Document type: Emphyteutic lease
Year: 1274
Scribe: Pere Marquès
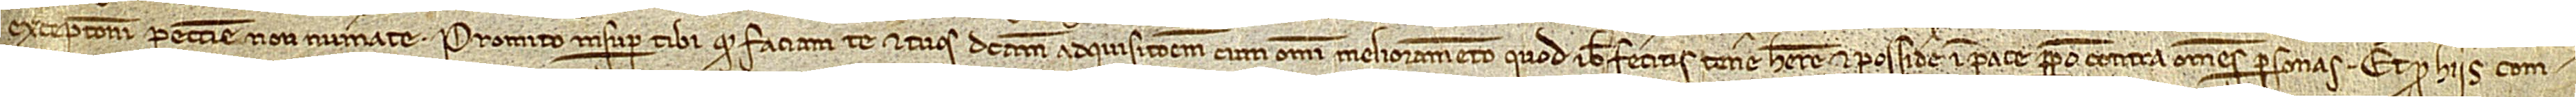
excepcioni peccunie non numerate. Promito insuper tibi quod faciam te et tuos dictam adquisitionem cum omni melioramento quod ibi feceritis tenere, habere et possidere in pace perpetuo contra omnes personas. Et pro hiis com-